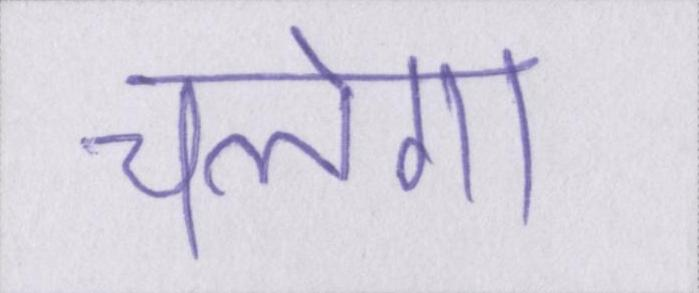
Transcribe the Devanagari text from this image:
चलेगा